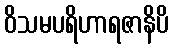
ဝိသမပရိဟာရဇာနိပိ